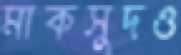
মাকসুদও